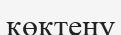
көктену